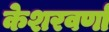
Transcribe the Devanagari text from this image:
केशरवर्णा